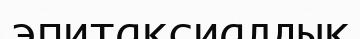
эпитаксиалдық